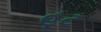
હૂટ